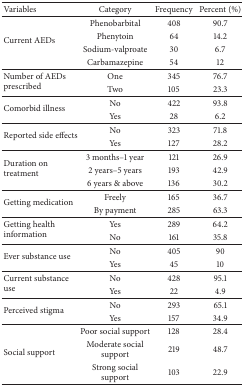
| Variables | Category | Frequency | Percent (%) |
 | --- | --- | --- | --- |
 | <ROWSPAN=4> Current AEDs | Phenobarbital | 408 | 90.7 |
 | Phenytoin | 64 | 14.2 |
 | Sodium-valproate | 30 | 6.7 |
 | Carbamazepine | 54 | 12 |
 | <ROWSPAN=2> Number of AEDs prescribed | One | 345 | 76.7 |
 | Two | 105 | 23.3 |
 | <ROWSPAN=2> Comorbid illness | No | 422 | 93.8 |
 | Yes | 28 | 6.2 |
 | <ROWSPAN=2> Reported side effects | No | 323 | 71.8 |
 | Yes | 127 | 28.2 |
 | <ROWSPAN=3> Duration on treatment | 3 months–1 year | 121 | 26.9 |
 | 2 years–5 years | 193 | 42.9 |
 | 6 years & above | 136 | 30.2 |
 | <ROWSPAN=2> Getting medication | Freely | 165 | 36.7 |
 | By payment | 285 | 63.3 |
 | <ROWSPAN=2> Getting health information | Yes | 289 | 64.2 |
 | No | 161 | 35.8 |
 | <ROWSPAN=2> Ever substance use | No | 405 | 90 |
 | Yes | 45 | 10 |
 | <ROWSPAN=2> Current substance use | No | 428 | 95.1 |
 | Yes | 22 | 4.9 |
 | <ROWSPAN=2> Perceived stigma | No | 293 | 65.1 |
 | Yes | 157 | 34.9 |
 | <ROWSPAN=3> Social support | Poor social support | 128 | 28.4 |
 | Moderate social support | 219 | 48.7 |
 | Strong social support | 103 | 22.9 |